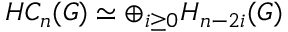
H C _ { n } ( G ) \simeq \oplus _ { i \geq 0 } H _ { n - 2 i } ( G )